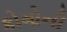
કોમોની